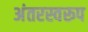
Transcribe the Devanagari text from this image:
अंतरस्वरूप